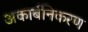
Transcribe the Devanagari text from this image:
अकार्बनिकरण